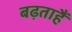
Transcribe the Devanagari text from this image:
बढ़ताहैं